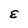
Character: E